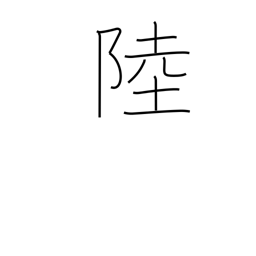
Meaning: six